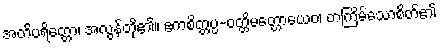
အတိပရိတ္တော၊ အလွန်တို၏။ ဧကစိတ္တပ္ပ-ဝတ္တိမတ္တောယေဝ၊ တကြိမ်သောစိတ်၏